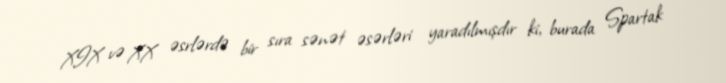
XIX və XX əsrlərdə bir sıra sənət əsərləri yaradılmışdır ki, burada Spartak